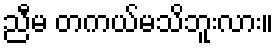
ညီမ တကယ်မသိဘူးလား။